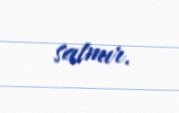
satmır.